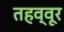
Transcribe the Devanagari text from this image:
तहव्वूर